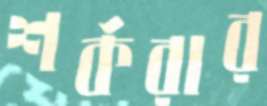
শর্করার